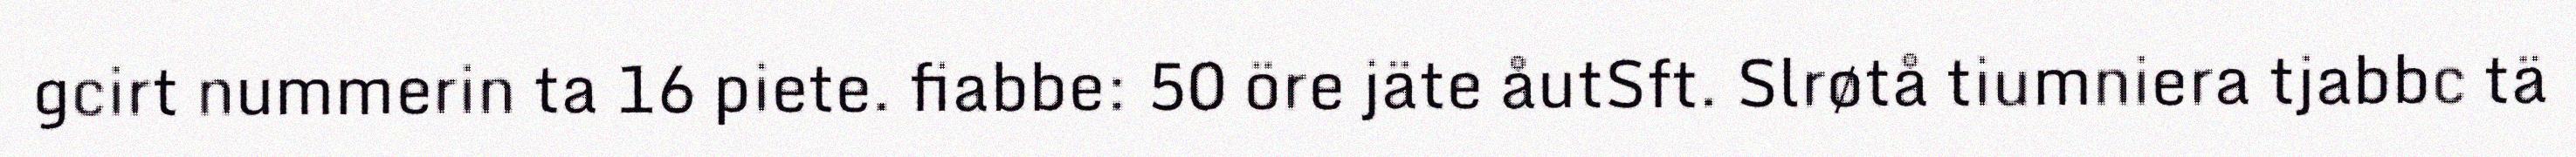
gcirt nummerin ta 16 piete. fiabbe: 50 öre jäte åutSft. Slrøtå tiumniera tjabbc tä